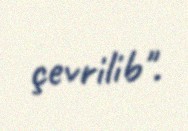
çevrilib".